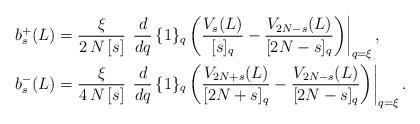
LaTeX: \begin{align*}\begin{aligned}b_{s}^+(L)&=\dfrac{\xi }{2\,N\, [s]}\, \left.\frac{d}{dq} \, \{1\}_q\left(\dfrac{V_{s}(L)}{[s]_q} - \dfrac{V_{2N-s}(L)}{[2N-s]_q} \right)\right|_{q=\xi},\\b_{s}^-(L) &=\dfrac{\xi}{4\,N\, [s]}\, \left.\frac{d}{dq} \, \{1\}_q\left(\dfrac{V_{2N+s}(L)}{[2N+s]_q} - \dfrac{V_{2N-s}(L)}{[2N-s]_q} \right)\right|_{q=\xi}.\end{aligned}\end{align*}